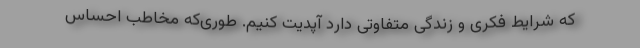
که شرایط فکری و زندگی متفاوتی دارد آپدیت کنیم. طوری‌که مخاطب احساس